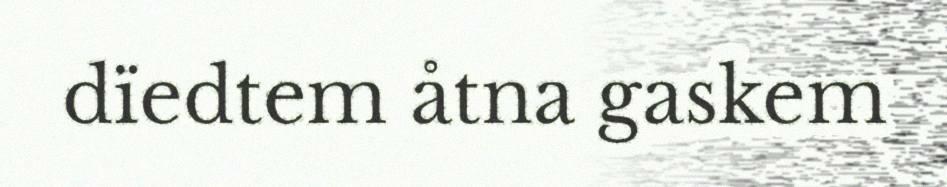
dïedtem åtna gaskem